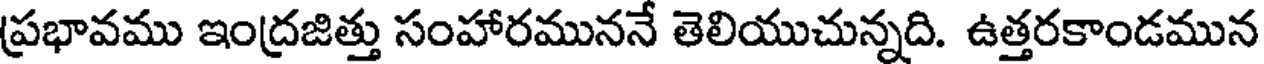
ప్రభావము ఇంద్రజిత్తు సంహారముననే తెలియుచున్నది. ఉత్తరకాండమున